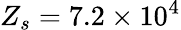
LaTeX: Z_{s}=7.2\times 10^{4}